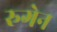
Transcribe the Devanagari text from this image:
रुगेन